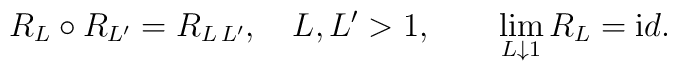
R_L\circ R_{L^\prime}=R_{L\,L^\prime},\quad L,L^\prime >1,\qquad \lim_{L\downarrow 1}R_L ={\mathrm id}.